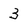
Character: 3